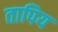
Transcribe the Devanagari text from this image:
तापिय